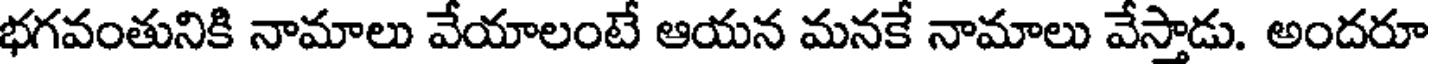
భగవంతునికి నామాలు వేయాలంటే ఆయన మనకే నామాలు వేస్తాడు. అందరూ